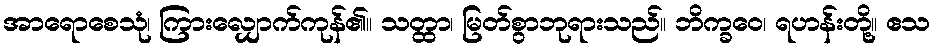
အာရောစေသုံ၊ ကြားလျှောက်ကုန်၏။ သတ္ထာ၊ မြတ်စွာဘုရားသည်။ ဘိက္ခဝေ၊ ရဟန်းတို့။ ဧသ